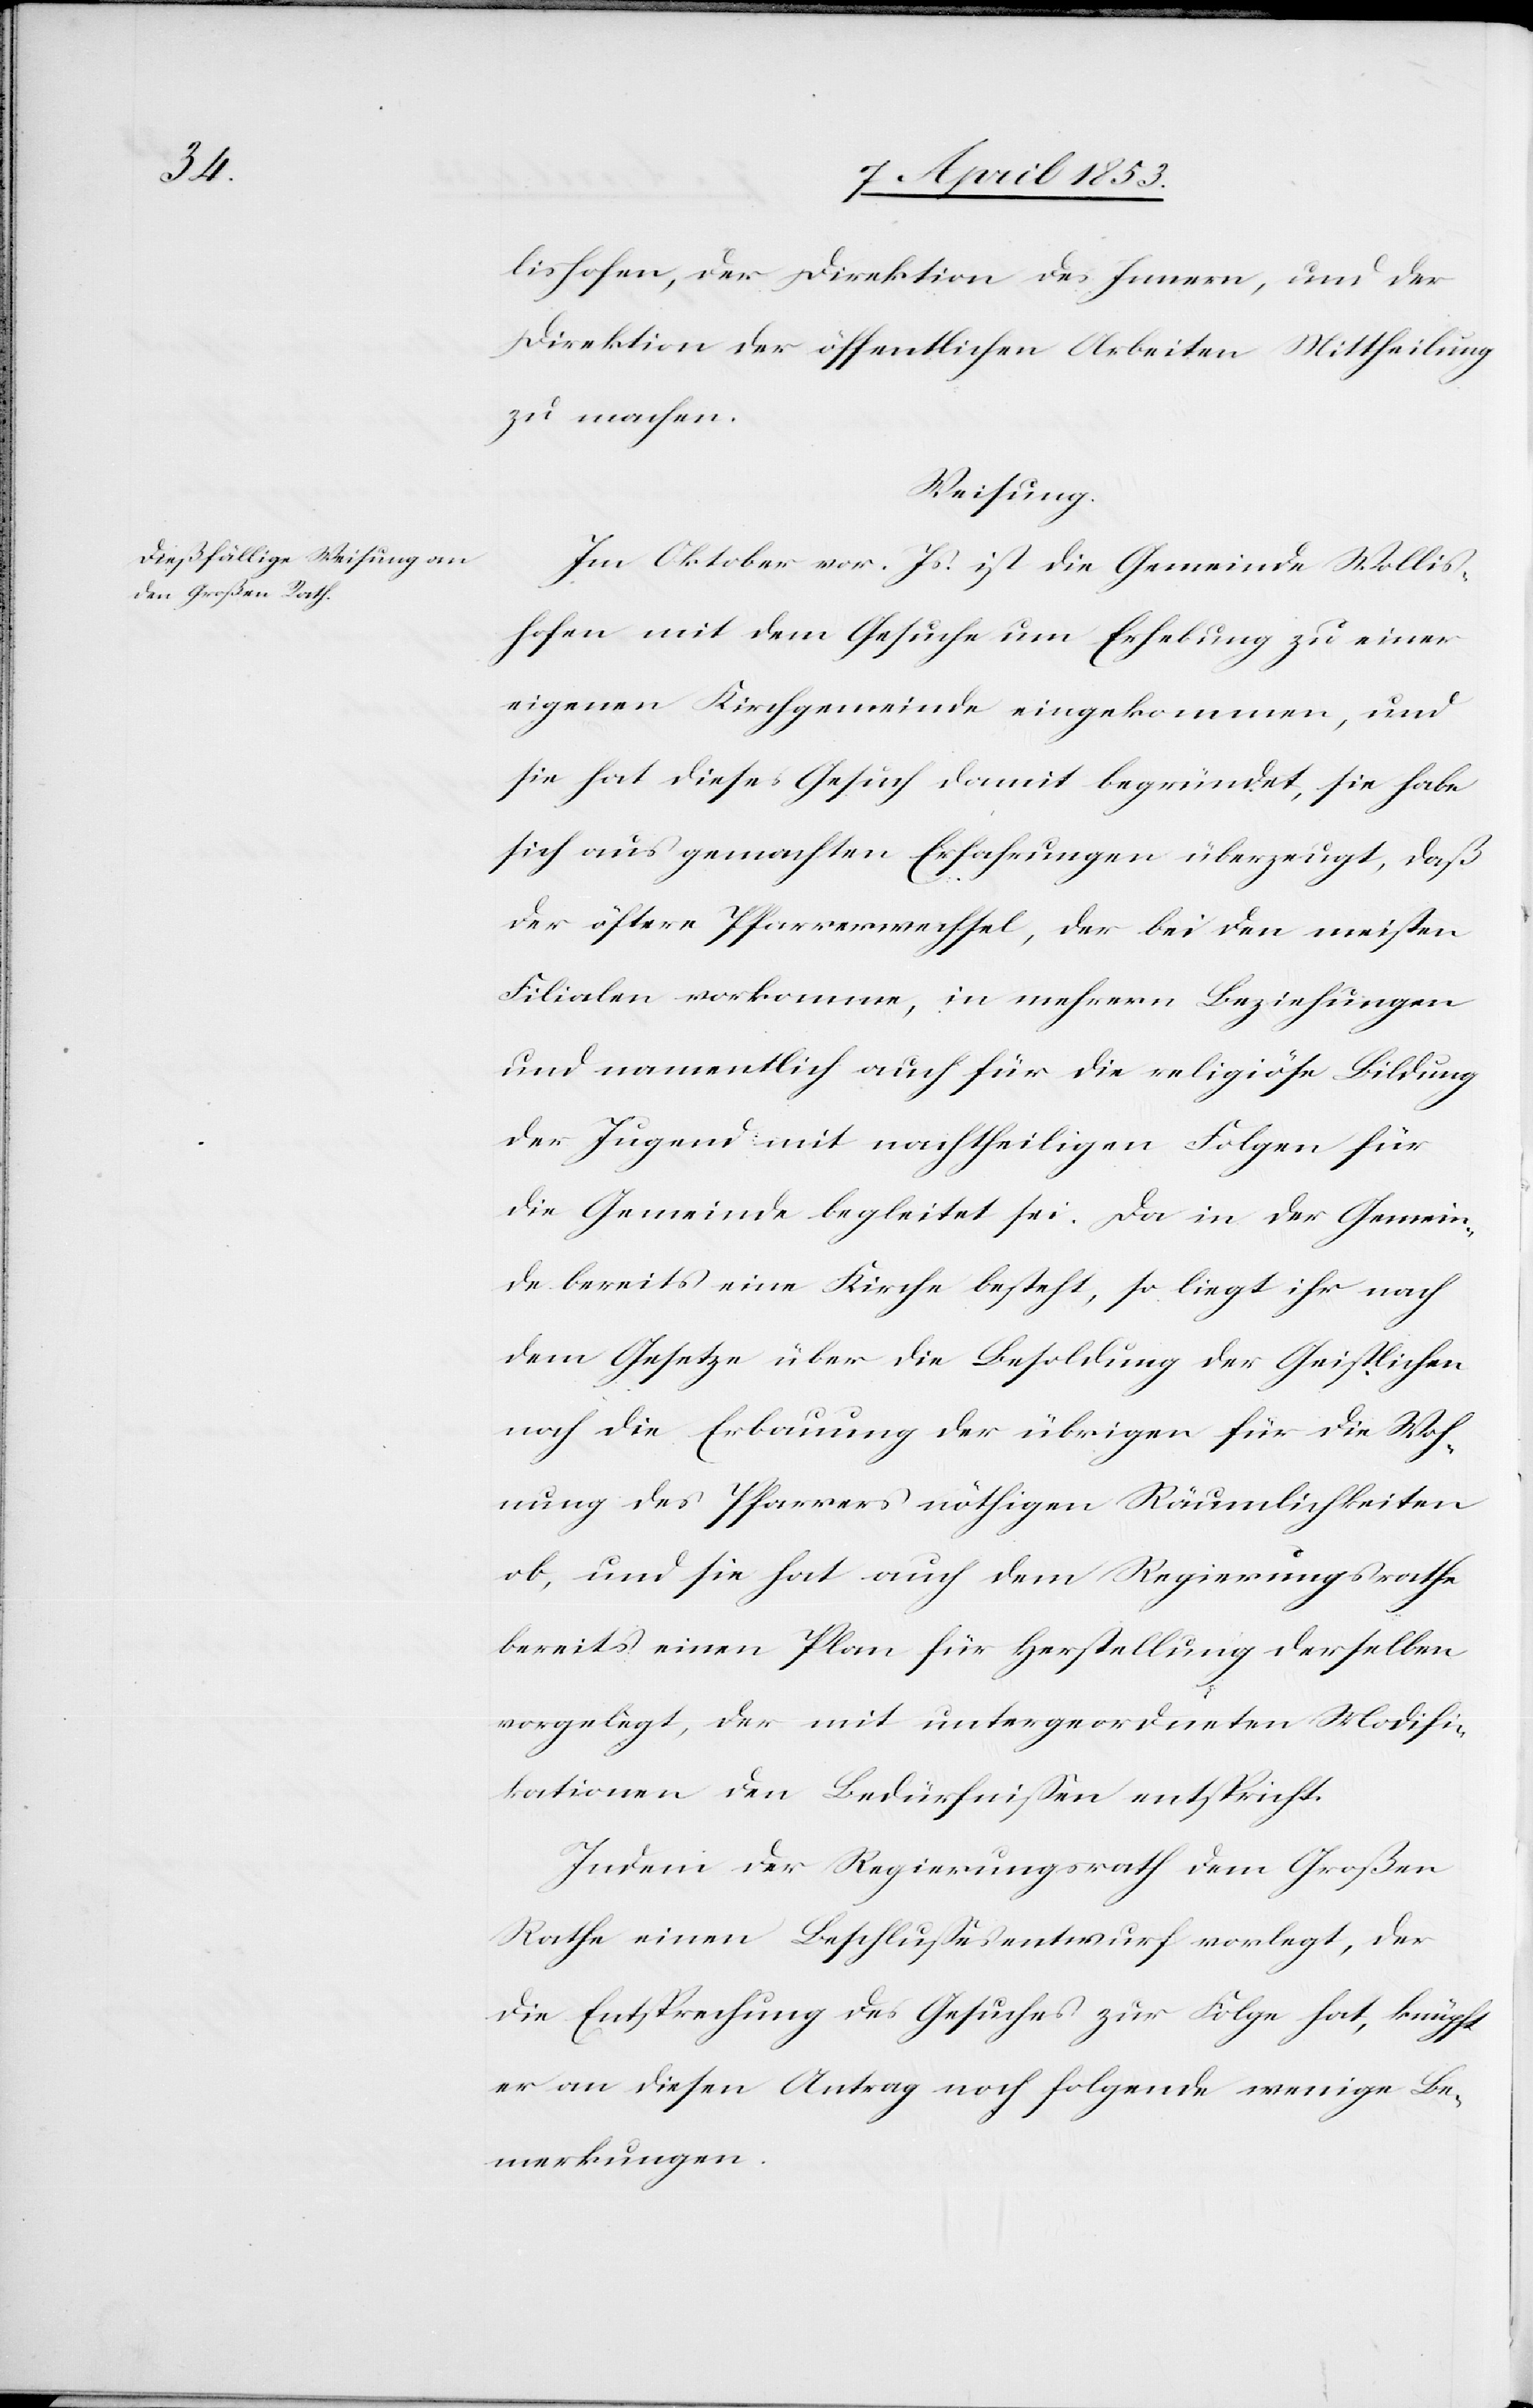
lishofen, der Direktion des Innern, und der
Direktion der öffentlichen Arbeiten Mittheilung
zu machen.
Weisung.
Im Oktober vor. Js. ist die Gemeinde Wollis¬
hofen mit dem Gesuche um Erhebung zu einer
eigenen Kirchgemeinde eingekommen, und
sie hat dieses Gesuch damit begründet, sie habe
sich aus gemachten Erfahrungen überzeugt, daß
der öftere Pfarrerwechsel, der bei den meisten
Filialen vorkomme, in mehrern Beziehungen
und namentlich auch für die religiöse Bildung
der Jugend mit nachtheiligen Folgen für
die Gemeinde begleitet sei. Da in der Gemein¬
de bereits eine Kirche besteht, so liegt ihr nach
dem Gesetze über die Besoldung der Geistlichen
noch die Erbauung der übrigen für die Woh¬
nung des Pfarrers nöthigen Räumlichkeiten
ob, und sie hat auch dem Regierungsrathe
bereits einen Plan für Herstellung derselben
vorgelegt, der mit untergeordneten Modifi¬
kationen den Bedürfnißen entspricht.
Indem der Regierungsrath dem Großen
Rathe einen Beschlußesentwurf vorlegt, der
die Entsprechung des Gesuches zur Folge hat, knüpft
er an diesen Antrag noch folgende wenige Be¬
merkungen.